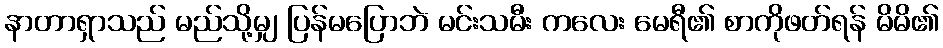
နာတာရှာသည် မည်သို့မျှ ပြန်မပြောဘဲ မင်းသမီး ကလေး မေရီ၏ စာကိုဖတ်ရန် မိမိ၏